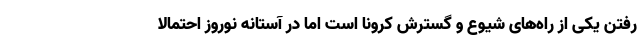
رفتن یکی از راه‌های شیوع و گسترش کرونا است اما در آستانه نوروز احتمالا